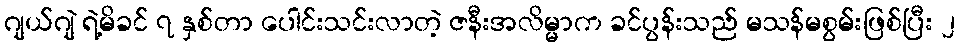
ဂျယ်ဂျဲ ရဲ့မိခင် ၇ နှစ်တာ ပေါင်းသင်းလာတဲ့ ဇနီးအလိမ္မာက ခင်ပွန်းသည် မသန်မစွမ်းဖြစ်ပြီး ၂